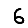
Digit: 6